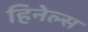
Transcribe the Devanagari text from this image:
हिनेल्स